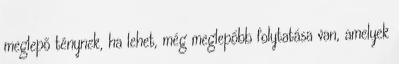
meglepő ténynek, ha lehet, még meglepőbb folytatása van, amelyek